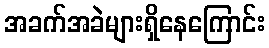
အခက်အခဲများရှိနေကြောင်း